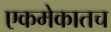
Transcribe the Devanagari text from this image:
एकमेकातच